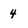
Character: 4